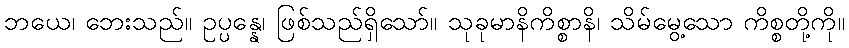
ဘယေ၊ ဘေးသည်။ ဥပ္ပန္နေ၊ ဖြစ်သည်ရှိသော်။ သုခုမာနိကိစ္စာနိ၊ သိမ်မွေ့သော ကိစ္စတို့ကို။